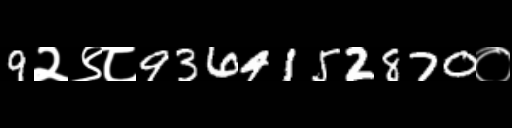
Text: 9२९८9364152870०